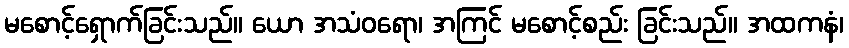
မစောင့်ရှောက်ခြင်းသည်။ ယော အသံဝရော၊ အကြင် မစောင့်စည်း ခြင်းသည်။ အထကနံ၊